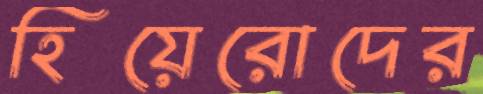
হিয়েরোদের